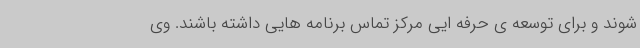
شوند و برای توسعه ی حرفه ایی مرکز تماس برنامه هایی داشته باشند. وی